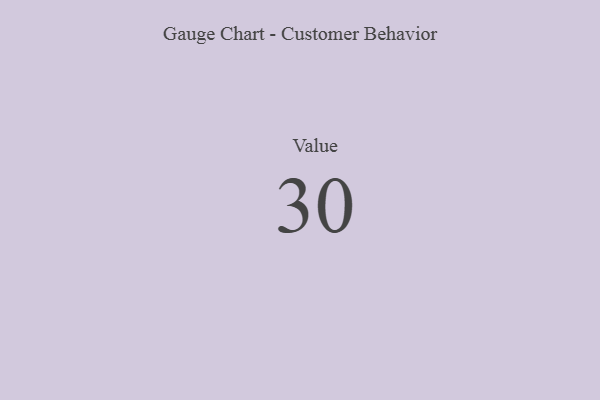
{"axis": {"x": "Metric", "y": "Value"}, "legend": [""], "data": [{"x": "Value", "y": 30, "type": ""}]}